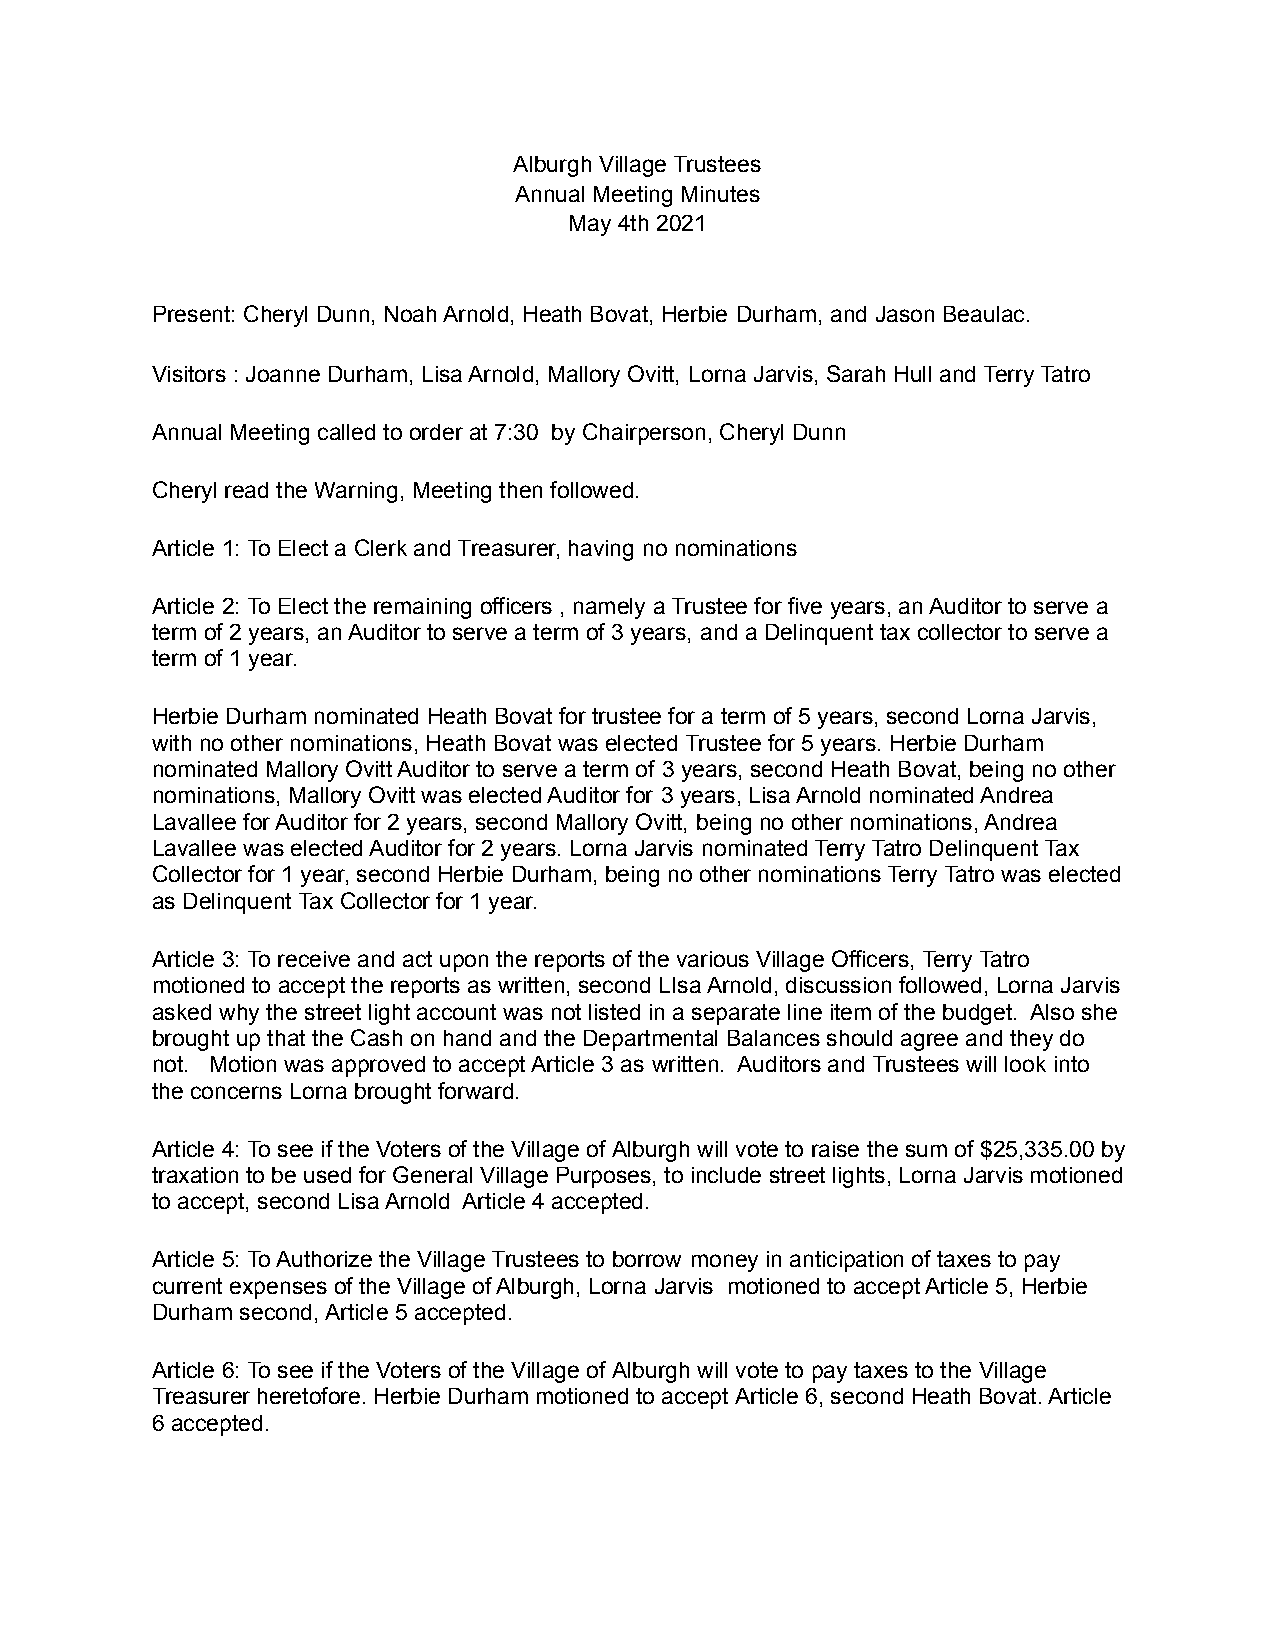
Alburgh Village Trustees
 Annual Meeting Minutes
 May 4th 2021
 Present: Cheryl Dunn, Noah Arnold, Heath Bovat, Herbie Durham, and Jason Beaulac.
 Visitors : Joanne Durham, Lisa Arnold, Mallory Ovitt, Lorna Jarvis, Sarah Hull and Terry Tatro
 Annual Meeting called to order at 7:30 by Chairperson, Cheryl Dunn
 Cheryl read the Warning, Meeting then followed.
 Article 1: To Elect a Clerk and Treasurer, having no nominations
 Article 2: To Elect the remaining officers , namely a Trustee for five years, an Auditor to serve a
 term of 2 years, an Auditor to serve a term of 3 years, and a Delinquent tax collector to serve a
 term of 1 year.
 Herbie Durham nominated Heath Bovat for trustee for a term of 5 years, second Lorna Jarvis,
 with no other nominations, Heath Bovat was elected Trustee for 5 years. Herbie Durham
 nominated Mallory Ovitt Auditor to serve a term of 3 years, second Heath Bovat, being no other
 nominations, Mallory Ovitt was elected Auditor for 3 years, Lisa Arnold nominated Andrea
 Lavallee for Auditor for 2 years, second Mallory Ovitt, being no other nominations, Andrea
 Lavallee was elected Auditor for 2 years. Lorna Jarvis nominated Terry Tatro Delinquent Tax
 Collector for 1 year, second Herbie Durham, being no other nominations Terry Tatro was elected
 as Delinquent Tax Collector for 1 year.
 Article 3: To receive and act upon the reports of the various Village Officers, Terry Tatro
 motioned to accept the reports as written, second LIsa Arnold, discussion followed, Lorna Jarvis
 asked why the street light account was not listed in a separate line item of the budget. Also she
 brought up that the Cash on hand and the Departmental Balances should agree and they do
 not. Motion was approved to accept Article 3 as written. Auditors and Trustees will look into
 the concerns Lorna brought forward.
 Article 4: To see if the Voters of the Village of Alburgh will vote to raise the sum of $25,335.00 by
 traxation to be used for General Village Purposes, to include street lights, Lorna Jarvis motioned
 to accept, second Lisa Arnold Article 4 accepted.
 Article 5: To Authorize the Village Trustees to borrow money in anticipation of taxes to pay
 current expenses of the Village of Alburgh, Lorna Jarvis motioned to accept Article 5, Herbie
 Durham second, Article 5 accepted.
 Article 6: To see if the Voters of the Village of Alburgh will vote to pay taxes to the Village
 Treasurer heretofore. Herbie Durham motioned to accept Article 6, second Heath Bovat. Article
 6 accepted.